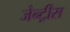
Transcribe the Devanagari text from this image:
जेन्ट्रीस